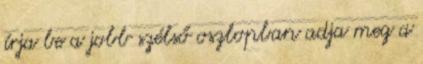
írja be a jobb szélső oszlopban adja meg a